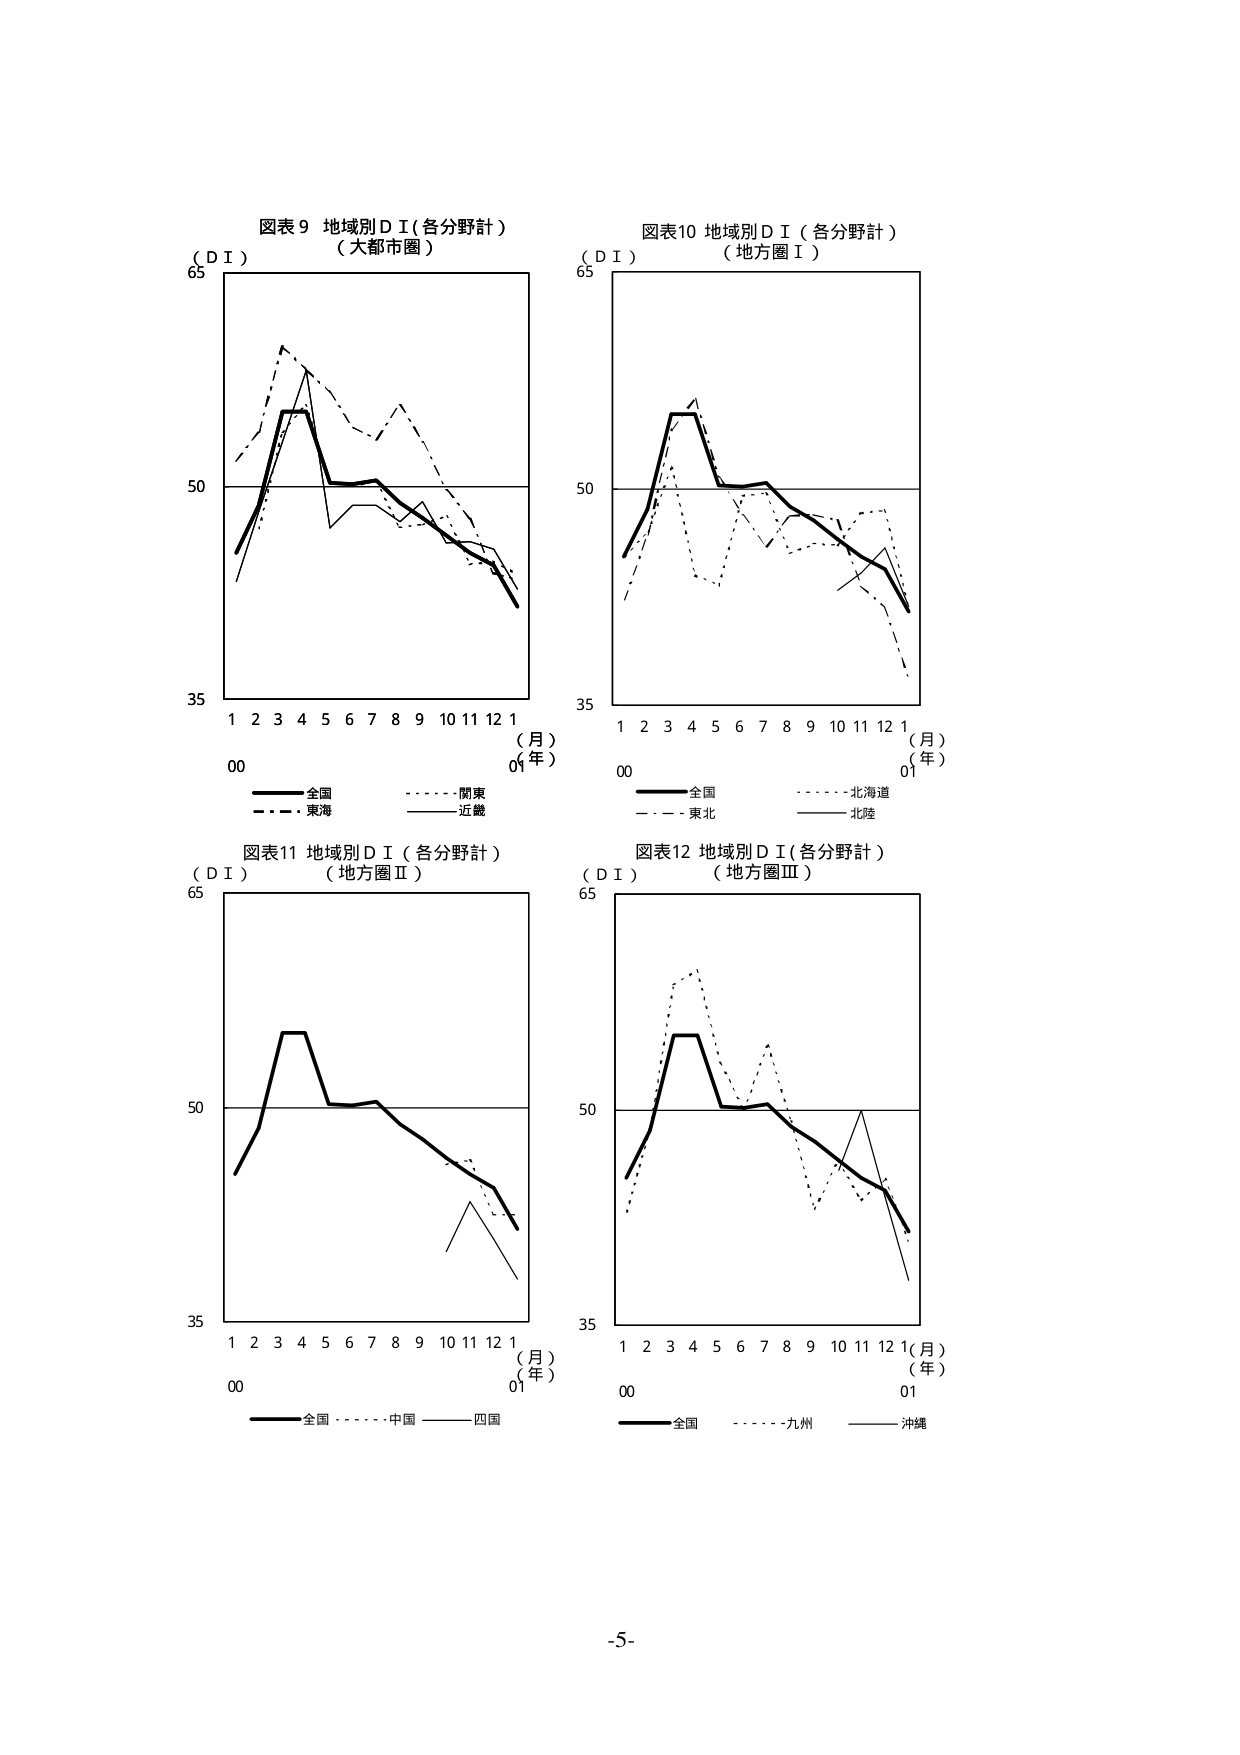
図表9 地域別ＤＩ（各分野計）
（大都市圏）

（ＤＩ）
65
50
35
1 2 3 4 5 6 7 8 9 10 11 12 1
（月）
00 01
（年）

全国
関東
東海
近畿

図表10 地域別ＤＩ（各分野計）
（地方圏Ⅰ）

（ＤＩ）
65
50
35
1 2 3 4 5 6 7 8 9 10 11 12 1
（月）
00 01
（年）

全国
北海道
東北
北陸

図表11 地域別ＤＩ（各分野計）
（地方圏Ⅱ）

（ＤＩ）
65
50
35
1 2 3 4 5 6 7 8 9 10 11 12 1
（月）
00 01
（年）

全国
中国
四国

図表12 地域別ＤＩ（各分野計）
（地方圏Ⅲ）

（ＤＩ）
65
50
35
1 2 3 4 5 6 7 8 9 10 11 12 1
（月）
00 01
（年）

全国
九州
沖縄

-5-